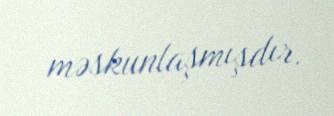
məskunlaşmışdır.